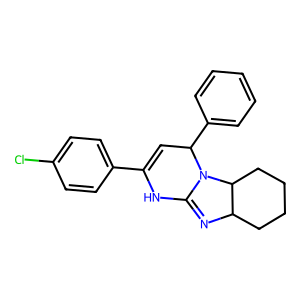
SMILES: Clc1ccc(C2=CC(c3ccccc3)N3C(=NC4CCCCC43)N2)cc1
Inhibits HIV replication: No